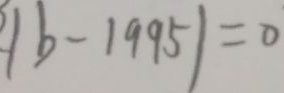
\vert b - 1 9 9 5 \vert = 0